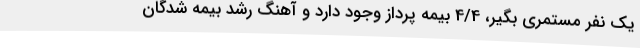
یک نفر مستمری بگیر، 4/4 بیمه پرداز وجود دارد و آهنگ رشد بیمه شدگان